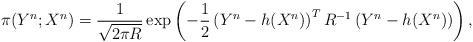
LaTeX: \begin{align*} \pi(Y^n;X^n) = \frac{1}{\sqrt{2 \pi R}} \exp\left(-\frac{1}{2}\left(Y^{n}-h(X^{n})\right)^TR^{-1}\left(Y^{n}-h(X^{n})\right)\right),\end{align*}